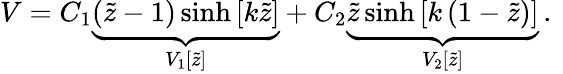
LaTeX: V=C_{1}\underbrace{\left(\widetilde{z}-1\right)\sinh{\left[k\widetilde{z}\right]}}_{V_{1}[\widetilde{z}]}+C_{2}\underbrace{\widetilde{z}\sinh{\left[k\left(1-\widetilde{z}\right)\right]}}_{V_{2}[\widetilde{z}]}\, .\